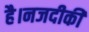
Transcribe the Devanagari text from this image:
है।नजदीकी